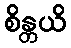
စိန္တယိ